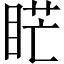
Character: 𥇀